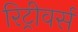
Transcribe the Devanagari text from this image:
रिट्रीवर्स